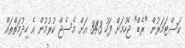
ކަސްޓަމަރުން "ރެޑް" ޖެހުމަށް ފަހު 343 އަށް މެސެޖް ކުރުމުން އެ ހިދުމަތްތައް